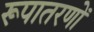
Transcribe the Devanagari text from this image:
रूपातरणों